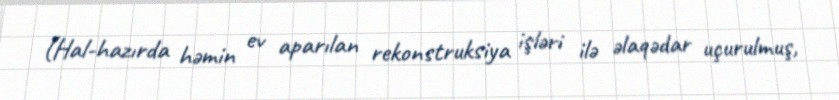
(Hal-hazırda həmin ev aparılan rekonstruksiya işləri ilə əlaqədar uçurulmuş,